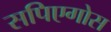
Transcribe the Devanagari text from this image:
सपिएगोस